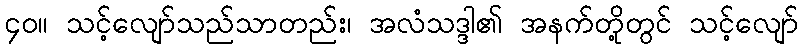
၄၀။ သင့်လျော်သည်သာတည်း၊ အလံသဒ္ဒါ၏ အနက်တို့တွင် သင့်လျော်